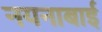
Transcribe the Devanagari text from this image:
नयनाबाई